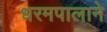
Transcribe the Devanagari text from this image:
धरमपालाने